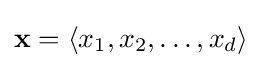
\mathbf {x} =\langle x_{1},x_{2},\ldots ,x_{d}\rangle